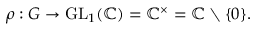
\rho : G \to { \mathrm { G L } } _ { 1 } ( \mathbb { C } ) = \mathbb { C } ^ { \times } = \mathbb { C } \setminus \{ 0 \} .